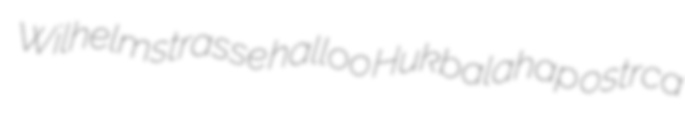
Wilhelmstrasse halloo Hukbalahap ostrca